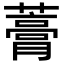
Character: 𧀎